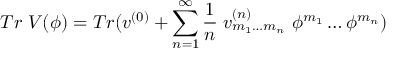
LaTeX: T r \; V ( \phi ) = T r ( v ^ { ( 0 ) } + \sum _ { n = 1 } ^ { \infty } \frac { 1 } { n } \; v _ { m _ { 1 } \ldots m _ { n } } ^ { ( n ) } \; \phi ^ { m _ { 1 } } \ldots \phi ^ { m _ { n } } )